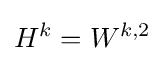
H^{k}=W^{k,2}